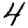
Digit: 4